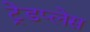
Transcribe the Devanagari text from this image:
ट्रेडप्लेस